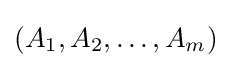
(A_{1},A_{2},\ldots ,A_{m})